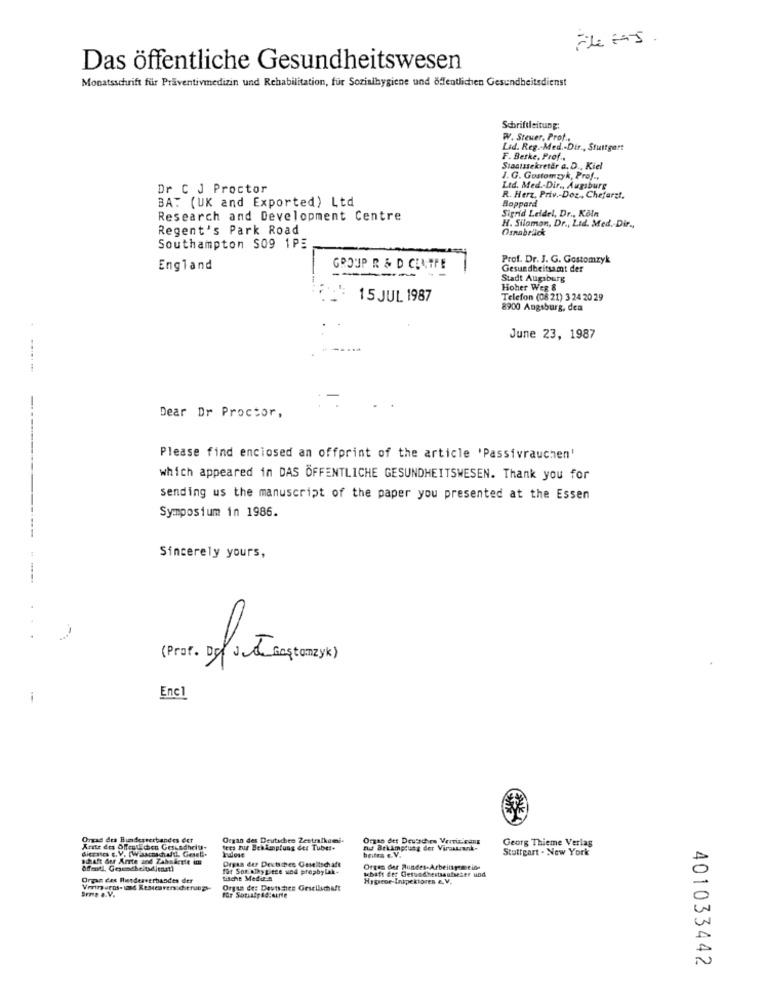
Das öffentliche Gesundheitswesen
Monatsschrift für Präventivmedizin und Rehabilitation, für Sozialhygiene und öffentlichen Gesundheitsdienst
Schriftleitung:
W. Steuer, Prof.
Lid. Reg .- Med .- Dir ., Stuttgart
F. Beske, Prof .,
Staatssekretär a. D ., Kiel
J.G. Gostomzyk, Prof .,
Dr C J Proctor
Ltd. Med .- Dir ., Augsburg
R. Herz, Priv .- Doz, Chefarzt.
Boppard
BA: (UK and Exported) Ltd
Research and Development Centre
Sigrid Leidel, Dr ., Köln
Regent's Park Road
H. Silomon, Dr ., Ltd. Med. Dir .,
Osnabrück
Southampton S09 1PE
Prof. Dr. J. G. Gostomzyk
England
GROUP R & D CENTRE
Gesundheitsamt der
Stadt Augsburg
Hoher Weg &
15 JUL 1987
Telefon (08 21) 3 24 20 29
8900 Augsburg, dea
June 23, 1987
Dear Dr Proctor,
Please find enclosed an offprint of the article 'Passivrauchen'
which appeared in DAS ÖFFENTLICHE GESUNDHEITSWESEN. Thank you for
sending us the manuscript of the paper you presented at the Essen
Symposium in 1986.
Sincerely yours,
(Prof. De sade Gastonzyk )
Enc1
Orrad des Bundesverbandes der
Organ des Deutschen Zentralkami-
Orgse det Deused m VerviziFang
Georg Thieme Verlag
dicestes c. V. [W.aacnachalth. Gesell.
ndose
fees zur Beh Renplung der Tube:+
rus Brkampung der Virakrank-
Stuttgart . New York
schaft Ser Arrte and Zabakrete in
Organ der Deuts pes Gesellschaft
für Sor olkypiece wod prepbylak.
Organ der Bundes-Arbeitsgemeine
kbaft der Gesundhestsaufseser und
Organ des Bundesverbandes der
tische Medit #
Organ de: Deutscher Gesellschaft
401033442